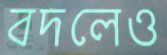
বদলেও